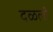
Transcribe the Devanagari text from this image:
दळली